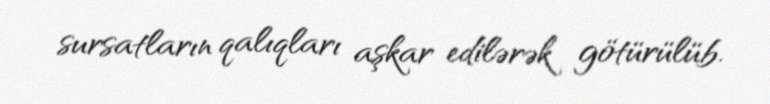
sursatların qalıqları aşkar edilərək götürülüb.